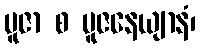
ပူဇာ စ ပူဇနေယျာနံ၊